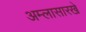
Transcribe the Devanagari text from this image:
अम्लासारखे